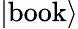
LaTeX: \left|\textrm{book}\right\rangle